Vaccination in Burma 1920-1933 - 1920-1933
Year: 1920
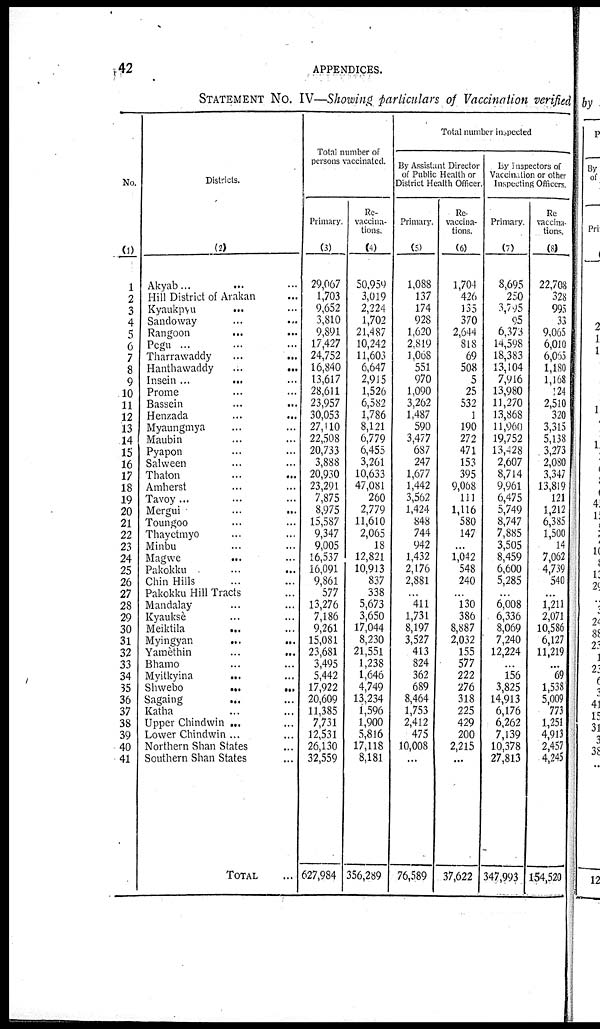
42
APPENDICES.
STATEMENT No. IV—Showing particulars of Vaccination verified
No.
(1)
1
2
3
4
5
6
7
8
9
10
11
12
13
14
15
16
17
18
19
20
21
22
23
24
25
26
27
28
29
30
31
32
33
34
35
36
37
38
39
40
41
Districts.
(2)
Akyab... ...
Hill District of Arakan ...
Kyaukpyu... ...
Sandoway... ...
Rangoon... ...
Pegu ... ... ...
Tharrawaddy... ...
Hanthawaddy... ...
Insein... ... ...
Prome... ...
Bassein ... ...
Henzada ... ...
Myaungmya... ...
Maubin... ...
Pyapon... ...
Salween... ...
Thaton... ...
Amherst... ...
Tavoy... ... ...
Mergui ... ...
Toungoo... ...
Thayetmyo... ...
Minbu... ...
Magwe... ...
Pakokku... ...
Chin Hills... ...
Pakokku Hill Tracts...
Mandalay... ...
Kyauksè... ...
Meiktila... ...
Myingyan ... ...
Yamèthin...
...
Bhamo... ...
Myitkyina... ...
Shwebo ... ...
Sagaing... ...
Katha... ...
Upper Chindwin ...
Lower Chindwin ...
Northern Shan States...
Southern Shan States...
TOTAL...
Total number of
persons vaccinated.
Primary.
(3)
29,067
1,703
9,652
3,810
9,891
17,427
24,752
16,840
13,617
28,611
23,957
30,053
27,110
22,508
20,733
3,888
20,930
23,291
7,875
8,975
15,587
9,347
9,005
16,537
16,091
9,861
577
13,276
7,186
9,261
15,081
23,681
3,495
5,442
17,922
20,609
11,385
7,731
12,531
26,130
32,559
627,984
Re-
vaccina-
tions.
(4)
50,959
3,019
2,224
1,702
21,187
10,242
11,603
6,647
2,915
1,526
6,582
1,786
8,121
6,779
6,455
3,261
10,633
47,081
260
2,779
11,610
2,065
18
12,821
10,913
837
338
5,673
3,650
17,044
8,230
21,551
1,238
1,646
4,749
13,234
1,596
1,900
5,816
17,118
8,181
356,289
Total number inspected
By Assistant Director
of Public Health or
District Health Officer
Primary.
(5)
1,088
137
174
928
1,620
2,819
l,008
551
970
1,090
3,262
1,487
590
3,477
687
247
1,677
1,442
3,562
1,424
848
744
942
1,432
2,176
2,881
...
411
1,731
8,197
3,527
413
824
362
689
8,464
1,753
2,412
475
10,008
...
76,589
Re-
vaccina-
tions.
(6)
1,704
426
135
370
2,644
818
69
508
5
25
532
1
190
272
471
153
395
9,068
111
1,116
580
147
...
1,042
548
240
...
130
386
8,887
2,032
155
577
222
276
318
225
429
200
2,215
...
37,622
By Inspectors of
Vaccination or other
Inspecting Officers.
Primary
(7)
8,695
250
3,795
95
6,373
14,598
18,383
13,104
7,916
13,980
11,270
13,868
11,960
19,752
13,428
2,607
8,714
9,961
6,475
5,749
8,747
7,885
3,505
8,459
6,600
5,285
...
6,008
6,336
8,069
7,240
12,224
...
156
3,825
14,913
6,176
6,262
7,139
10,378
27,813
347,993
Re-
vaccina-
tions.
(8)
22,708
328
995
33
9,065
6,010
6,065
1,180
1,168
124
2,510
320
3,315
5,138
3,273
2,080
3,347
13,819
121
1,212
6,385
1,500
14
7,062
4,739
540
...
1,211
2,071
10,586
6,127
11,219
...
69
1,538
5,009
773
1,251
4,913
2,457
4,245
154,520